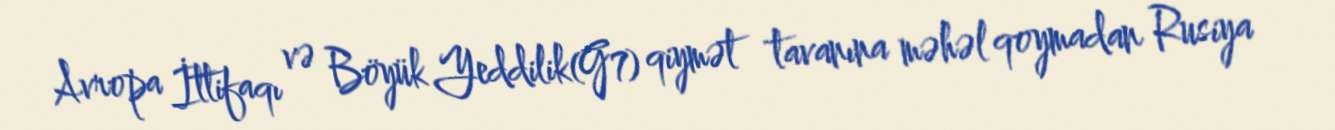
Avropa İttifaqı və Böyük Yeddilik(G7) qiymət tavanına məhəl qoymadan Rusiya